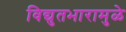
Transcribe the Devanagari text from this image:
विद्युतभारामुळे